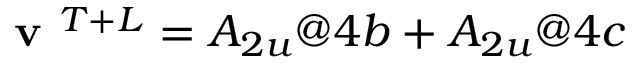
\textbf { v } ^ { T + L } = A _ { 2 u } @ 4 b + A _ { 2 u } @ 4 c